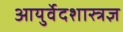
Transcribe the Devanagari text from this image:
आयुर्वेदशास्त्रज्ञ